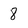
Character: 8